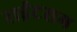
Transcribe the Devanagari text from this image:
राईटसम